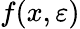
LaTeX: f(x,\varepsilon)